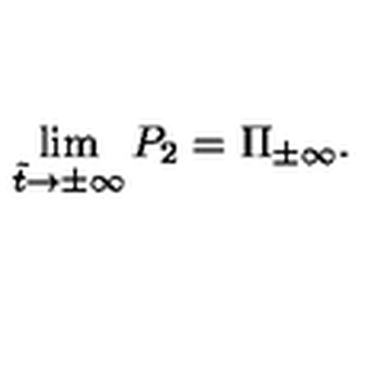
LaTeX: \lim _ { \tilde { t } \to \pm \infty } P _ { 2 } = \Pi _ { \pm \infty } .